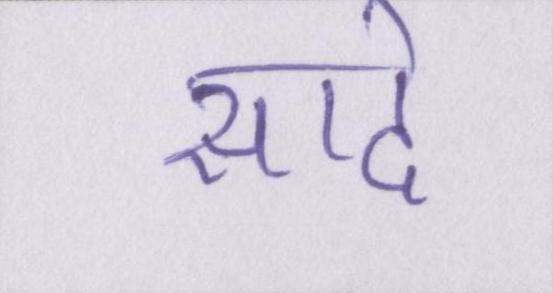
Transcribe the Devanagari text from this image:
सादे